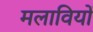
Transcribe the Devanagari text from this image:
मलावियों